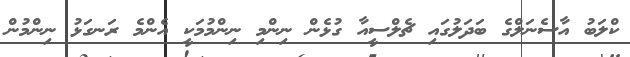
ކްލަބު އާސެނަލްގެ ބަދަލުގައި ޗެލްސީއާ ގުޅެން ނިންމި ނިންމުމަކީ އެންމެ ރަނގަޅު ނިންމުން